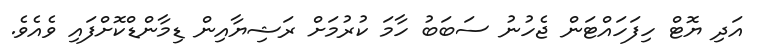
އަދި ޔޮޓް ހިފަހައްޓަން ޖެހުނު ސަބަބު ހާމަ ކުރުމަށް ރަޝިޔާއިން ޑިމާންޑްކޮށްފައި ވެއެވެ.